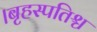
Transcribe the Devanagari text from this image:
।बृहस्पतिश्च